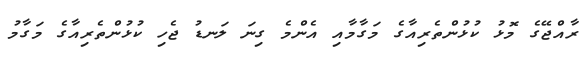
ރާއްޖޭގެ މޮޅު ކުޅުންތެރިއާގެ މަގާމާއި އެންމެ ގިނަ ލަނޑު ޖެހި ކުޅުންތެރިއާގެ މަގާމު